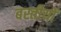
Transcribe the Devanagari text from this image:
बस्तीयों